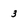
Character: 3